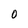
Character: o